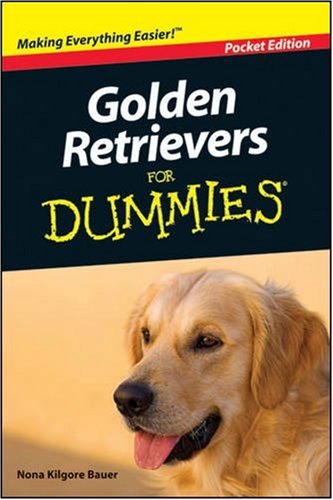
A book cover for Golden Retrievers for Dummies; Nona Kilgore Bauer; Cookbooks, Food & Wine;